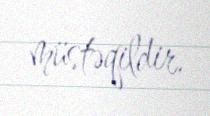
müstəqildir.